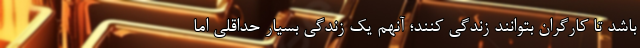
باشد تا کارگران بتوانند زندگی کنند؛ آنهم یک زندگی بسیار حداقلی اما